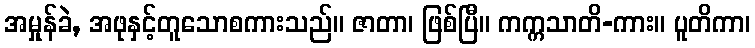
အမှုန်ခဲ, အဖုနှင့်တူသောစကားသည်။ ဇာတာ၊ ဖြစ်ပြီ။ ကက္ကသာတိ-ကား။ ပူတိကာ၊